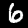
Label: 6